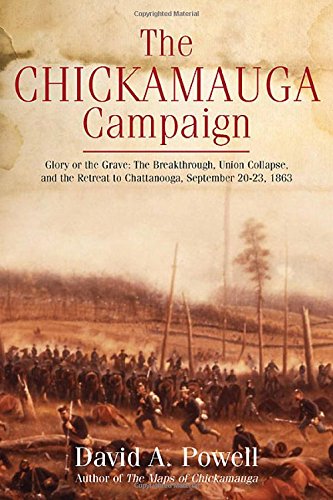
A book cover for The Chickamauga Campaign - Glory or the Grave: The Breakthrough, the Union Collapse, and the Defense of Horseshoe Ridge, September 20, 1863; David Powell; History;